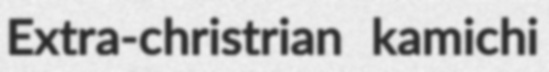
Extra-christrian kamichi